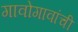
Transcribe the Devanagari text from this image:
गावोगावांची